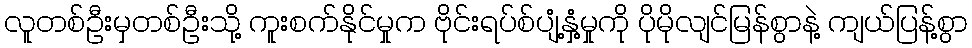
လူတစ်ဦးမှတစ်ဦးသို့ ကူးစက်နိုင်မှုက ဗိုင်းရပ်စ်ပျံ့နှံ့မှုကို ပိုမိုလျင်မြန်စွာနဲ့ ကျယ်ပြန့်စွာ